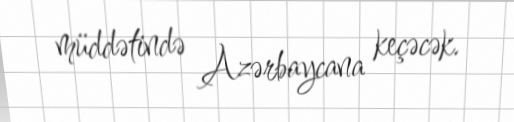
müddətində Azərbaycana keçəcək.